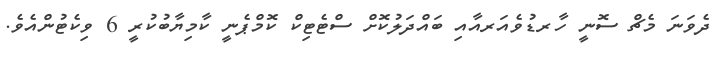
ދެވަނަ މެޗް ސޮނީ ހާރޑުވެއަރއާއި ބައްދަލުކޮށް ސްޓެޓިކް ކޮމްޕެނީ ކާމިޔާބުކުރީ 6 ވިކެޓުންއެވެ.